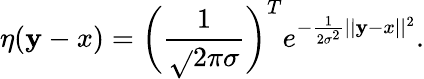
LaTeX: \eta(\mathbf{y}-x)=\bigg(\frac{{1}}{{\sqrt{}{{2\pi}}\sigma}}\bigg)^{T}e^{-\frac{{1}}{{2\sigma^{2}}}||\mathbf{y}-x||^{2}}.